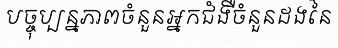
បច្ចុប្បន្នភាពចំនួនអ្នកជំងឺចំនួនដងនៃ